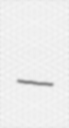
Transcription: –